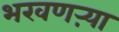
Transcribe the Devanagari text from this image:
भरवणऱ्या